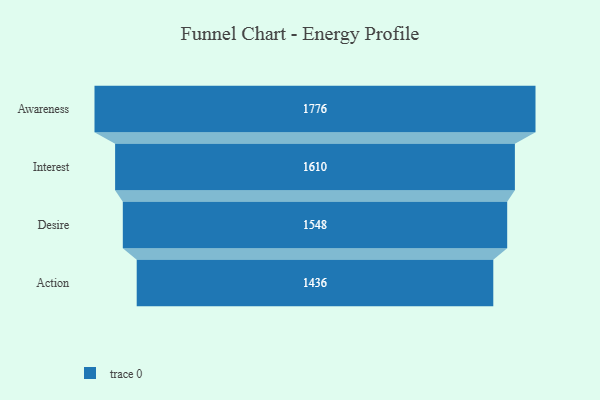
{"axis": {"x": "Stage", "y": "Value"}, "legend": [""], "data": [{"x": "Awareness", "y": 1776.0, "type": ""}, {"x": "Interest", "y": 1610.0, "type": ""}, {"x": "Desire", "y": 1548.0, "type": ""}, {"x": "Action", "y": 1436.0, "type": ""}]}